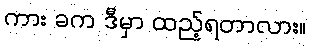
ကား ခက ဒီမှာ ထည့်ရတာလား။